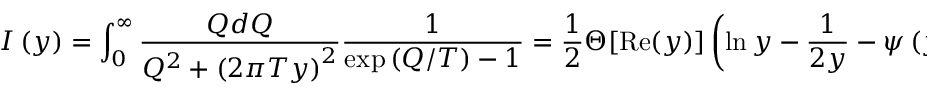
I \left( y \right) = \int _ { 0 } ^ { \infty } \frac { Q d Q } { Q ^ { 2 } + \left( 2 \pi T y \right) ^ { 2 } } \frac 1 { \exp \left( Q / T \right) - 1 } = \frac 1 2 \Theta [ \mathrm { R e } ( y ) ] \left( \ln y - \frac 1 { 2 y } - \psi \left( y \right) \right) + ( y \leftrightarrow - y ) ,